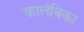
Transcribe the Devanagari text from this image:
कालंबिका